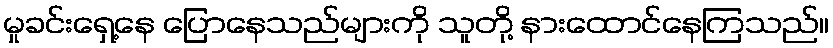
မှုခင်းရှေ့နေ ပြောနေသည်များကို သူတို့ နားထောင်နေကြသည်။